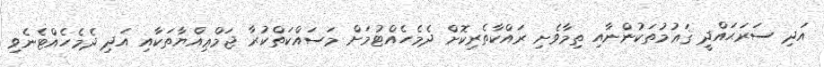
އަދި ސަރަޙައްދީ ޤަޢުމުތަކުންނާއި ތިމާވެށި ރައްކާތެރިކޮށް ދެމެހެއްޓުމަށް މަސައްކަތްކުރާ ޖަމްޢިއްޔާތަކާއި އަދި ދެމެހެއްޓެނެވި